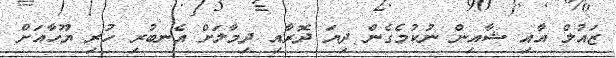
ޒައުލް އާއި ޝާއިން ނުކުމެގެން ދިޔަ ދޮރާއި ދިމާލަށް އެނބުރި ހުރި ޔޫހާއަށް